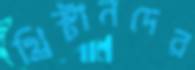
খ্রিস্টানদের